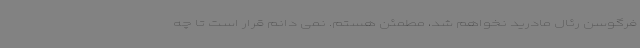
فرگوسن رئال مادرید نخواهم شد، مطمئن هستم. نمی دانم قرار است تا چه